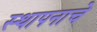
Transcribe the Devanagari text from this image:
स्थापनाचे